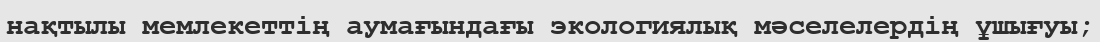
нақтылы мемлекеттің аумағындағы экологиялық мәселелердің ұшығуы;